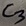
Text: C3